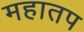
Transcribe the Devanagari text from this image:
महातप